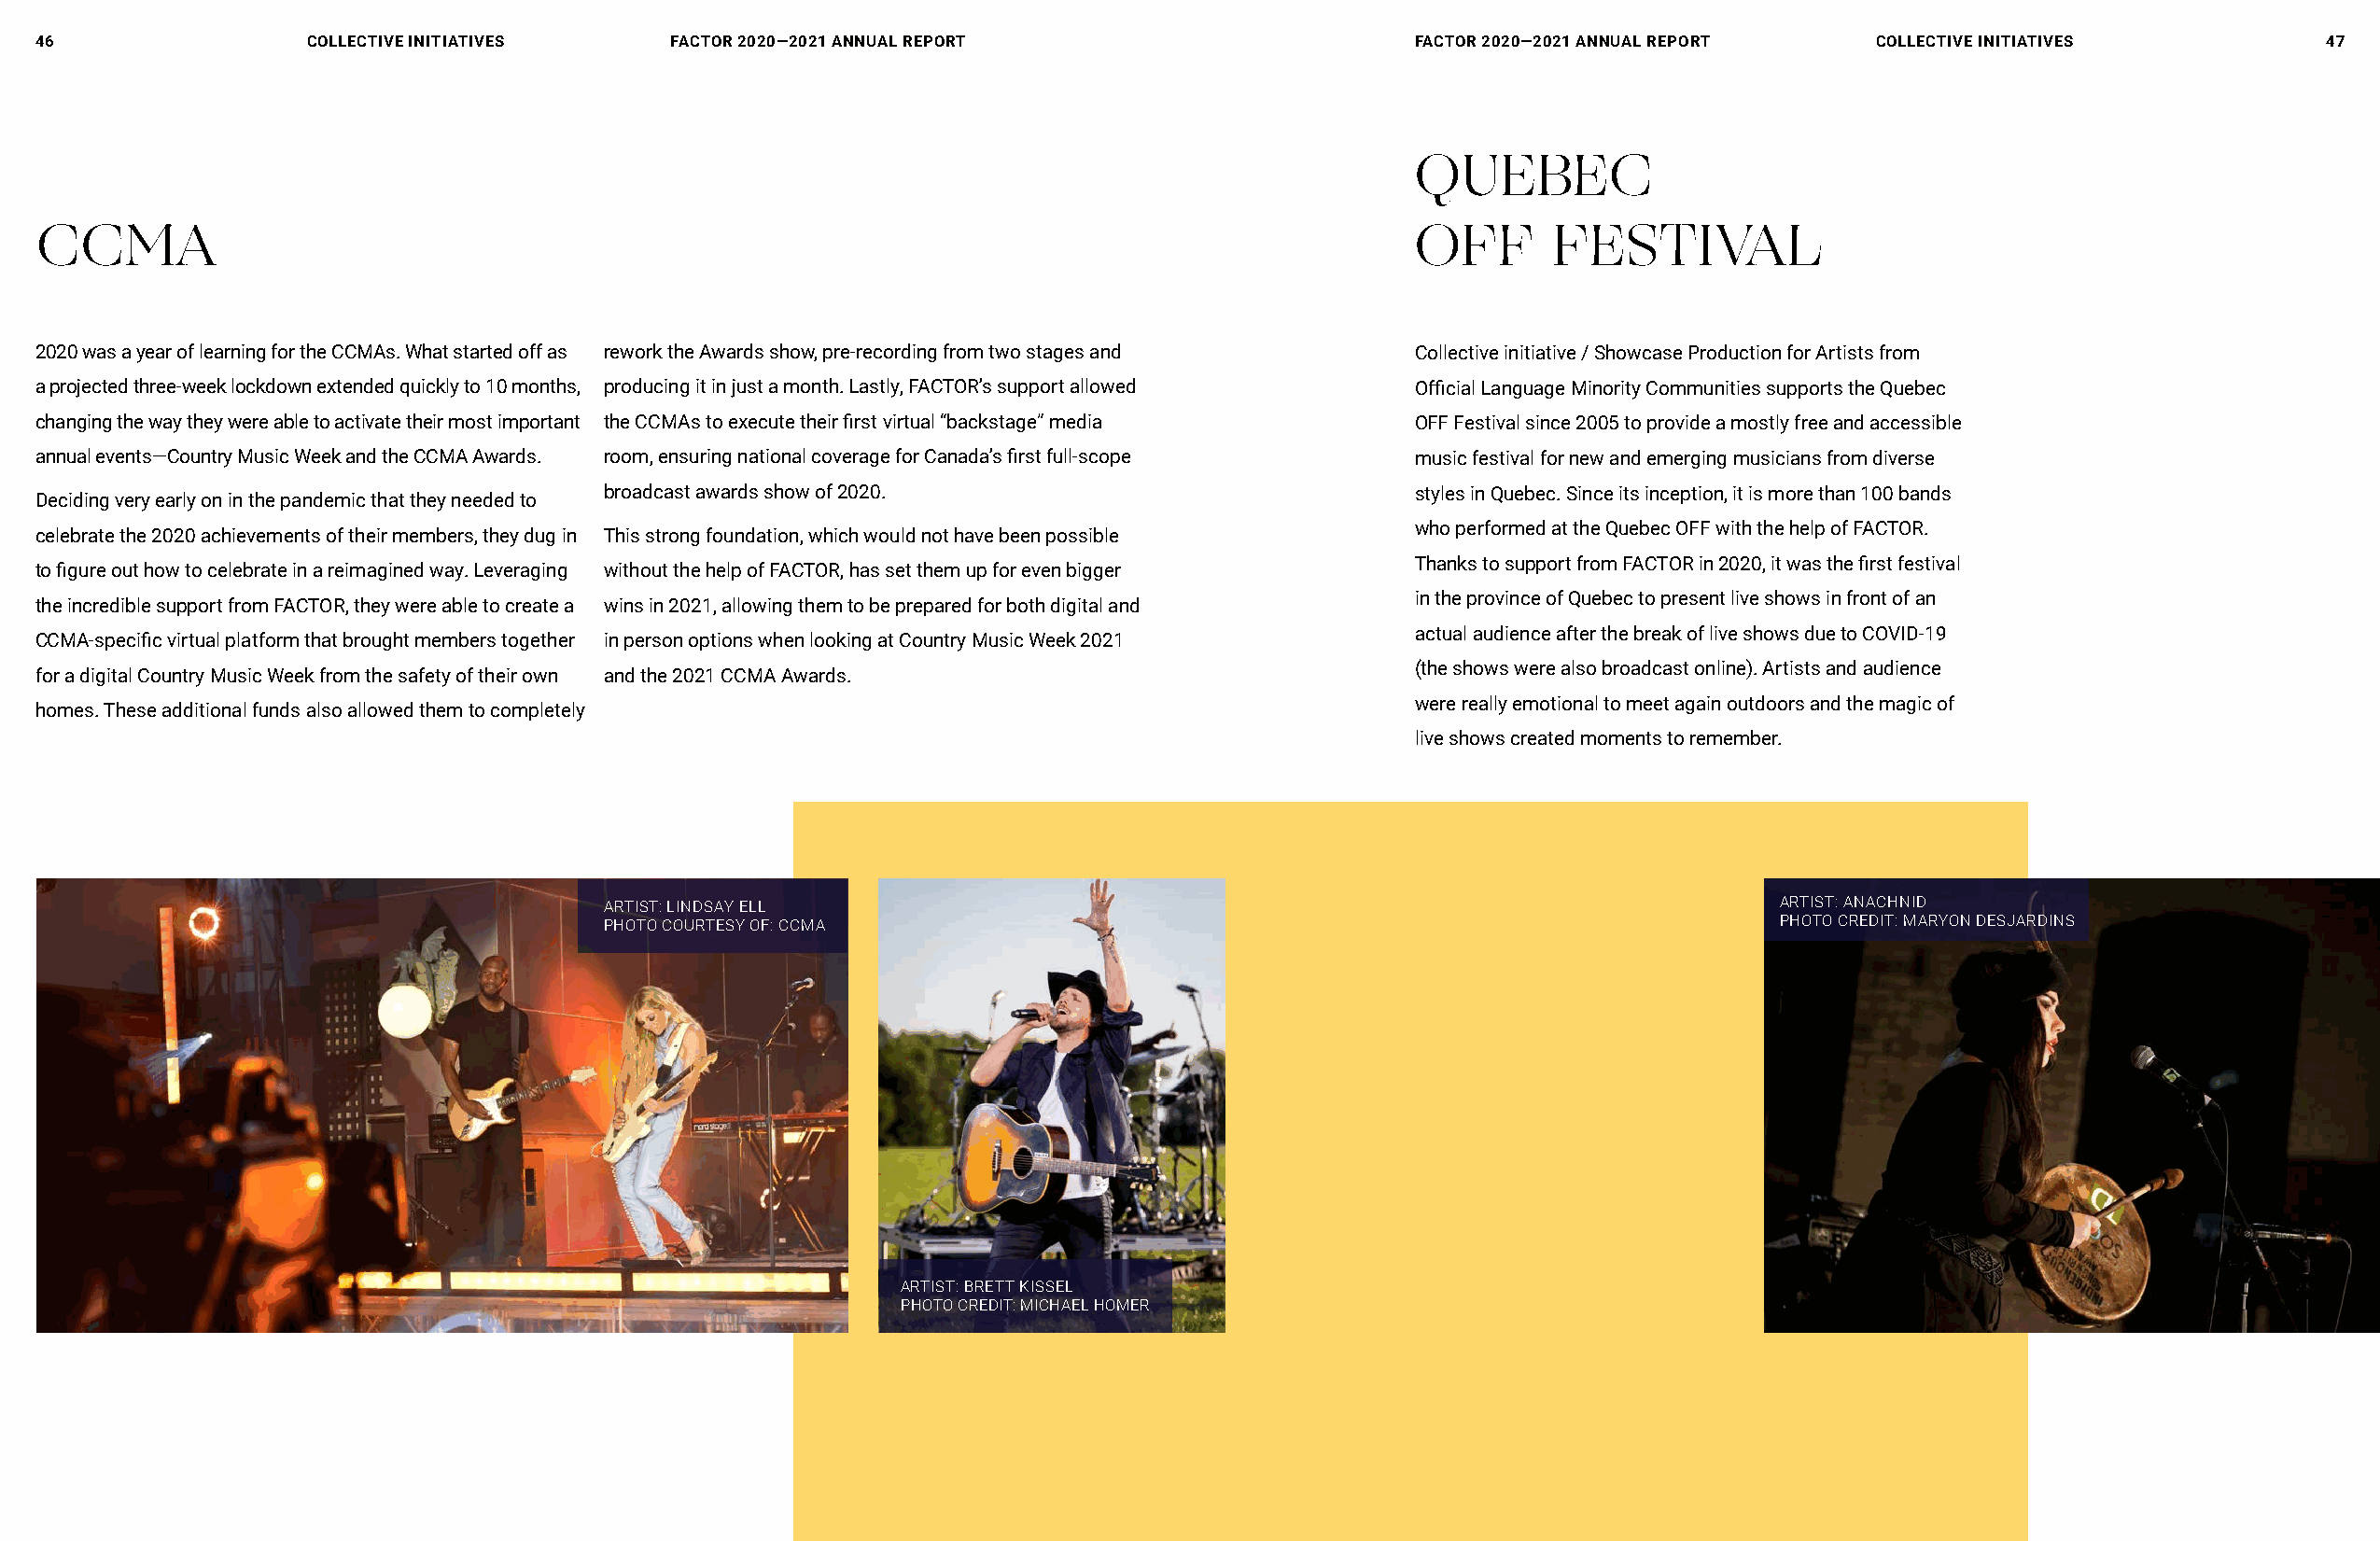
46                 COLLECTIVE INITIATIVES    FACTOR 2020—2021 ANNUAL REPORT                      FACTOR 2020—2021 ANNUAL REPORT   COLLECTIVE INITIATIVES          47
 QUEBEC
 CCMA                                                                                             OFF       FESTIVAL
 2020 was a year of learning for the CCMAs. What started off as rework the Awards show, pre-recording from two stages and Collective initiative / Showcase Production for Artists from
 a projected three-week lockdown extended quickly to 10 months, producing it in just a month. Lastly, FACTOR’s support allowed Official Language Minority Communities supports the Quebec
 changing the way they were able to activate their most important the CCMAs to execute their first virtual “backstage” media OFF Festival since 2005 to provide a mostly free and accessible
 annual events—Country Music Week and the CCMA Awards. room, ensuring national coverage for Canada’s first full-scope music festival for new and emerging musicians from diverse
 broadcast awards show of 2020.                           styles in Quebec. Since its inception, it is more than 100 bands
 Deciding very early on in the pandemic that they needed to
 who performed at the Quebec OFF with the help of FACTOR.
 celebrate the 2020 achievements of their members, they dug in This strong foundation, which would not have been possible
 Thanks to support from FACTOR in 2020, it was the first festival
 to figure out how to celebrate in a reimagined way. Leveraging without the help of FACTOR, has set them up for even bigger
 in the province of Quebec to present live shows in front of an
 the incredible support from FACTOR, they were able to create a wins in 2021, allowing them to be prepared for both digital and
 actual audience after the break of live shows due to COVID-19
 CCMA-specific virtual platform that brought members together in person options when looking at Country Music Week 2021
 (the shows were also broadcast online). Artists and audience
 for a digital Country Music Week from the safety of their own and the 2021 CCMA Awards.
 were really emotional to meet again outdoors and the magic of
 homes. These additional funds also allowed them to completely
 live shows created moments to remember.
 ARTIST: LINDSAY ELL                                                                ARTIST: ANACHNID
 PHOTO COURTESY OF: CCMA                                                            PHOTO CREDIT: MARYON DESJARDINS
 ARTIST: BRETT KISSEL
 PHOTO CREDIT: MICHAEL HOMER